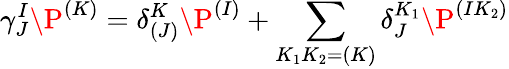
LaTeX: \gamma_{J}^{I}\P^{(K)}=\delta_{(J)}^{K}\P^{(I)}+\sum_{K_{1}K_{2}=(K)}\delta_{J}^{K_{1}}\P^{(IK_{2})}